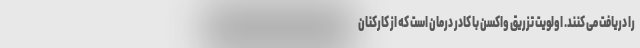
را دریافت می کنند. اولویت تزریق واکسن با کادر درمان است که از کارکنان